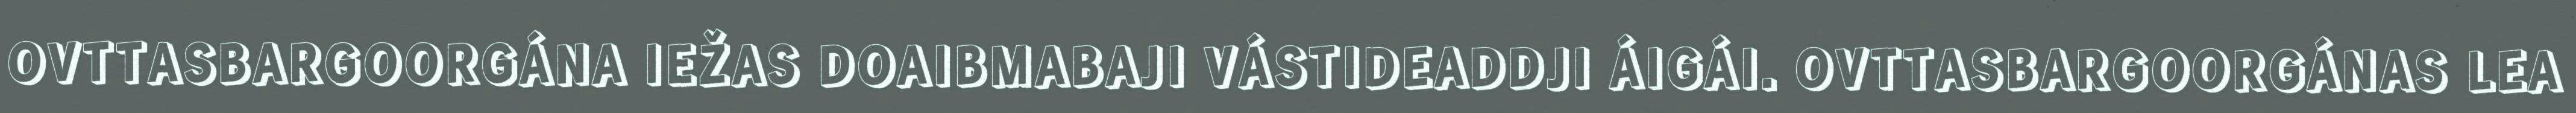
OVTTASBARGOORGÁNA IEŽAS DOAIBMABAJI VÁSTIDEADDJI ÁIGÁI. OVTTASBARGOORGÁNAS LEA